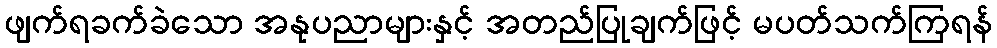
ဖျက်ရခက်ခဲသော အနုပညာများနှင့် အတည်ပြုချက်ဖြင့် မပတ်သက်ကြရန်